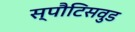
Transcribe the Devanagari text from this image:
स्पौटिसवुड